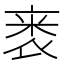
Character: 𬡗